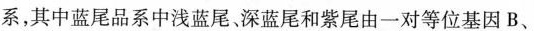
系，其中蓝尾品系中浅蓝尾、深蓝尾和紫尾由一对等位基因B、